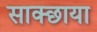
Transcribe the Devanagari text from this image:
साक्छाया